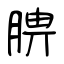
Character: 腗